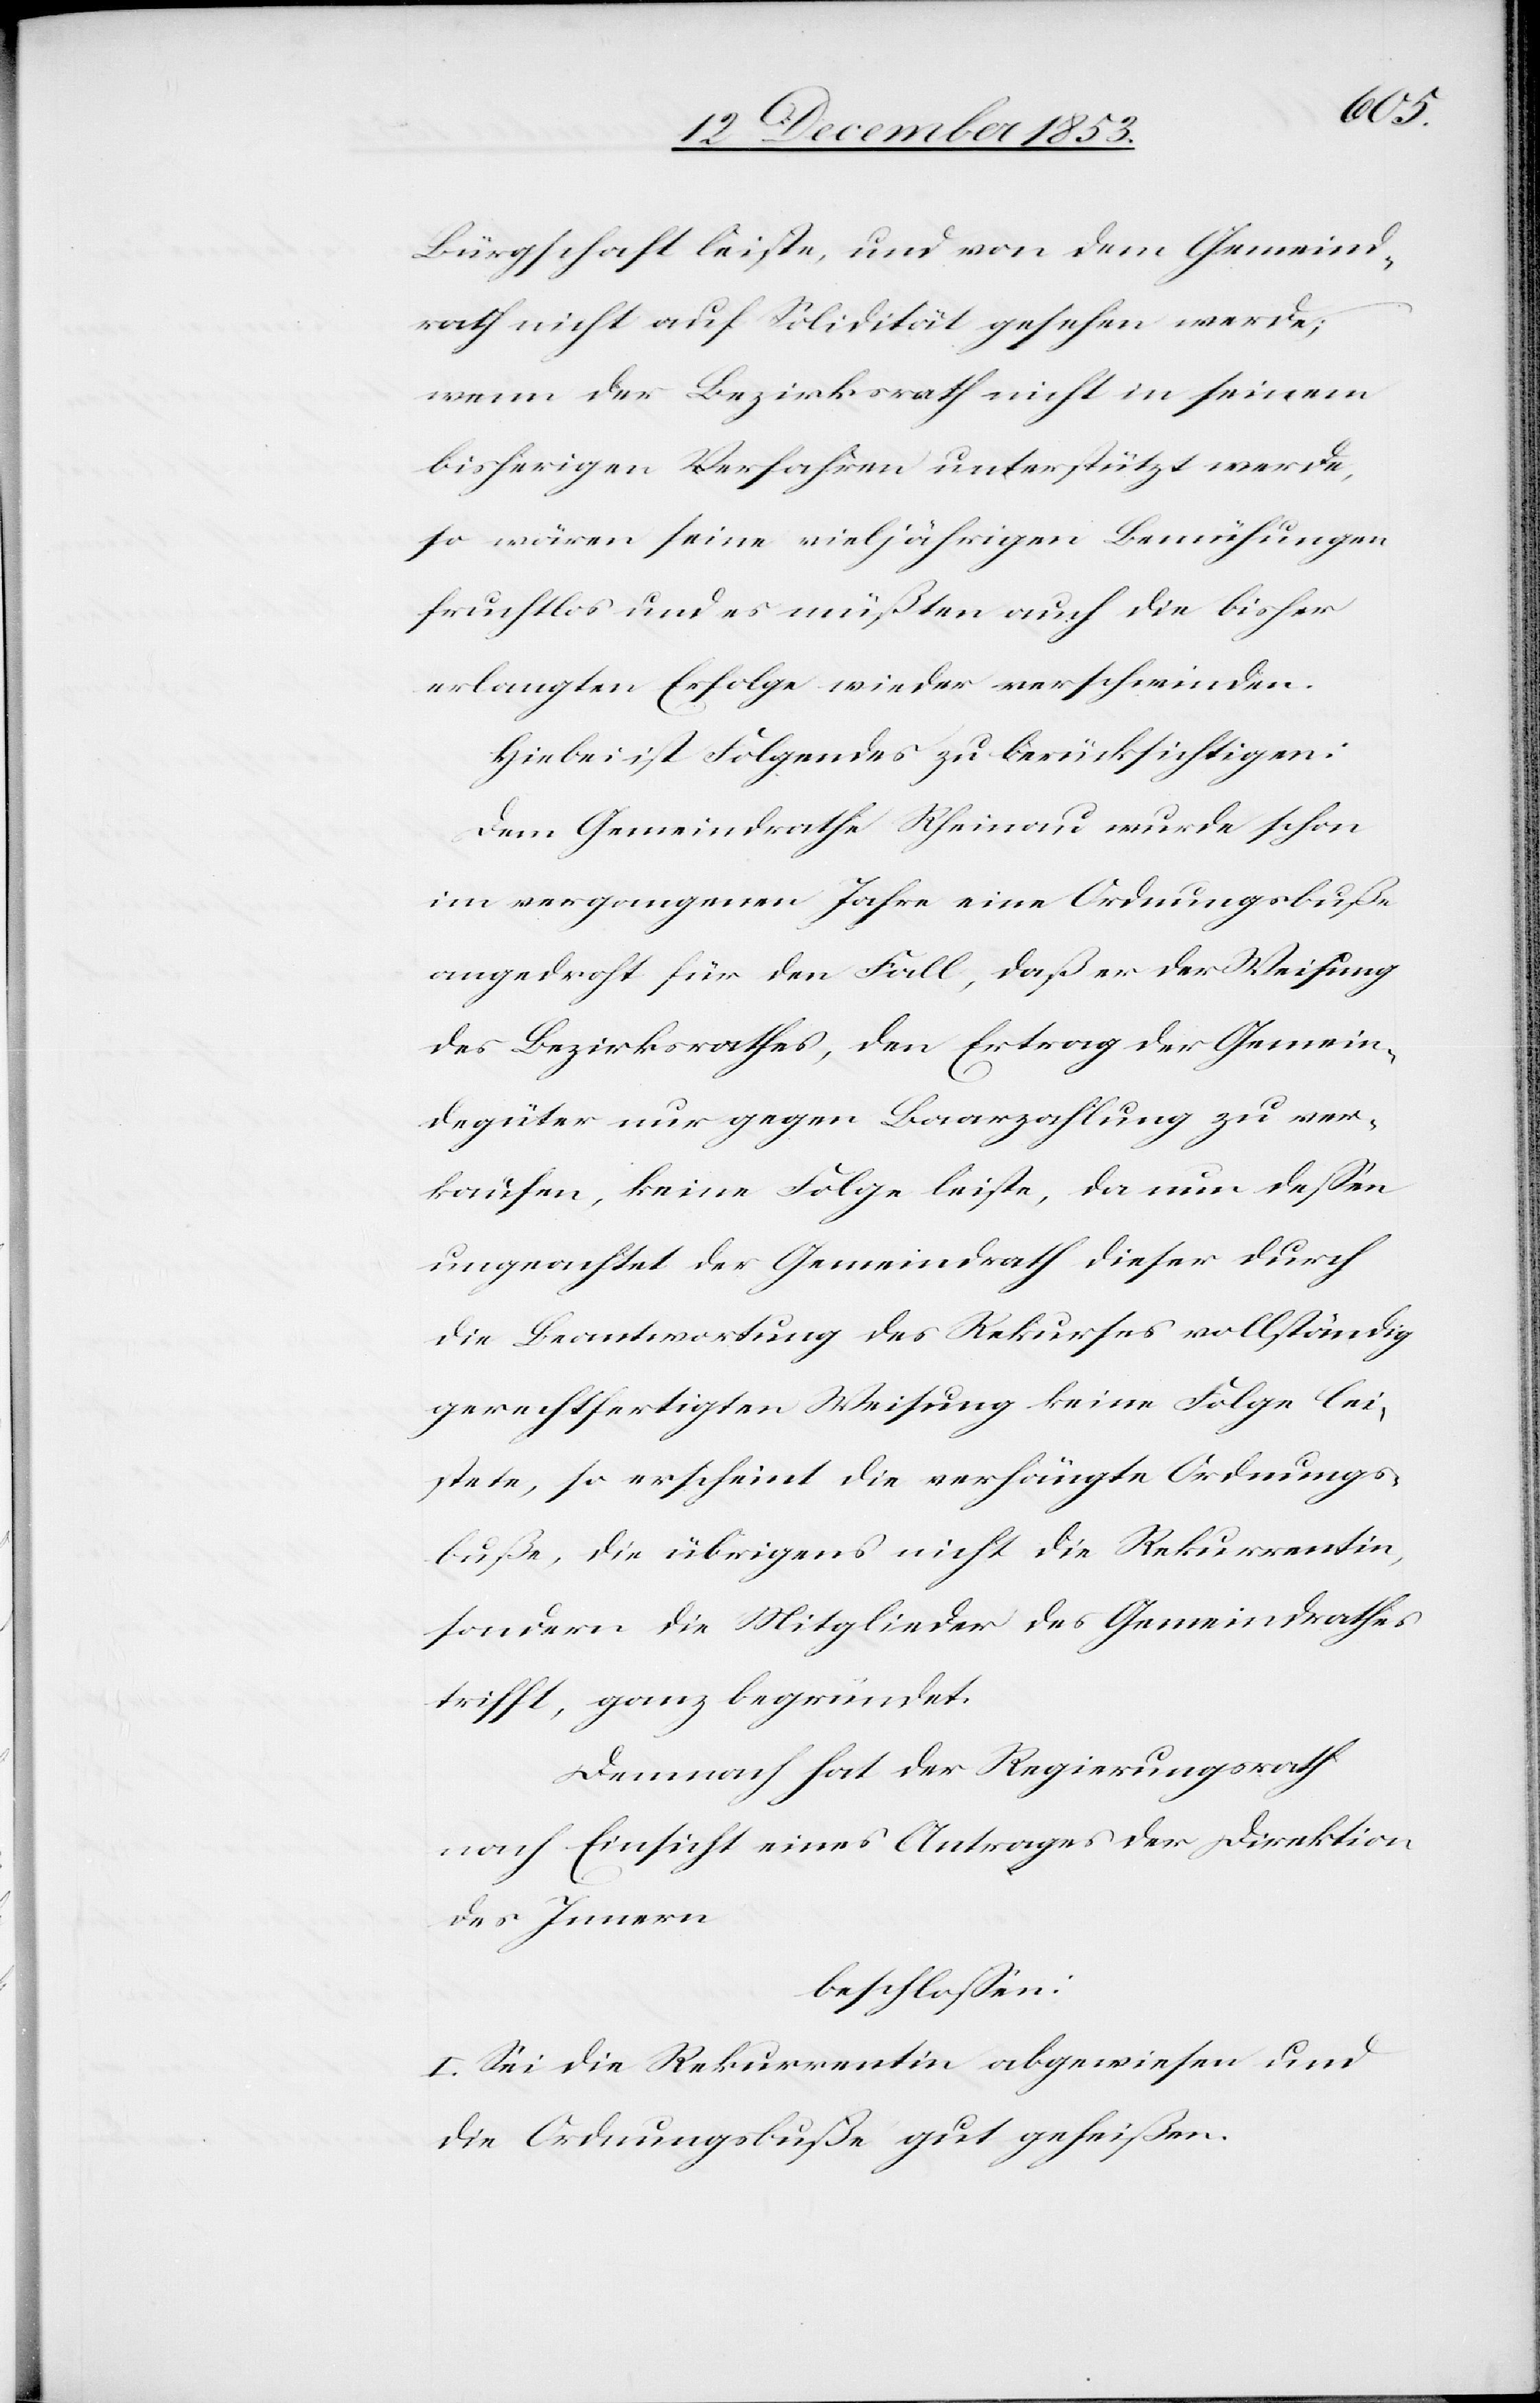
Bürgschaft leiste, und von dem Gemeind¬
rath nicht auf Solidität gesehen werde;
wenn der Bezirksrath nicht in seinem
bisherigen Verfahren unterstützt werde,
so wären seine vieljährigen Bemühungen
fruchtlos und es müßten auch die bisher
erlangten Erfolge wieder verschwinden.
Hiebei ist Folgendes zu berücksichtigen:
Dem Gemeindrathe Rheinau wurde schon
im vergangenen Jahre eine Ordnungsbuße
angedroht für den Fall, daß er der Weisung
des Bezirksrathes, den Ertrag der Gemein¬
degüter nur gegen Baarzahlung zu ver¬
kaufen, keine Folge leiste, da nun deßen
ungeachtet der Gemeindrath dieser durch
die Beantwortung des Rekurses vollständig
gerechtfertigten Weisung keine Folge lei¬
stete, so erscheint die verhängte Ordnungs¬
buße, die übrigens nicht die Rekurrentin,
sondern die Mitglieder des Gemeindrathes
trifft, ganz begründet.
Demnach hat der Regierungsrath
nach Einsicht eines Antrages der Direktion
des Innern,
beschloßen:
I. Sei die Rekurrentin abgewiesen und
die Ordnungsbuße gut geheißen.